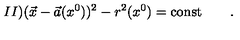
I I ) ( \vec { x } - \vec { a } ( x ^ { 0 } ) ) ^ { 2 } - r ^ { 2 } ( x ^ { 0 } ) = \mathrm { c o n s t } \qquad .